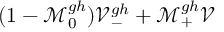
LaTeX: ( 1 - \mathcal { M } _ { 0 } ^ { g h } ) \mathcal { V } _ { - } ^ { g h } + \mathcal { M } _ { + } ^ { g h } \mathcal { V }